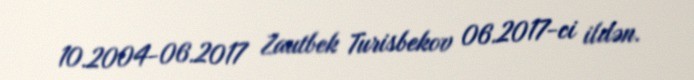
10.2004-06.2017 Zautbek Turisbekov 06.2017-ci ildən.